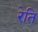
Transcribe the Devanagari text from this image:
रेति